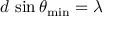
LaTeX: d \, \sin \theta _ { \mathrm { m i n } } = \lambda